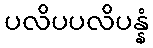
ပလိပပလိပန္နံ